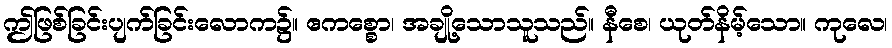
ဤဖြစ်ခြင်းပျက်ခြင်းလောက၌။ ဧကစ္စော၊ အချို့သောသူသည်။ နီစေ၊ ယုတ်နိမ့်သော။ ကုလေ၊